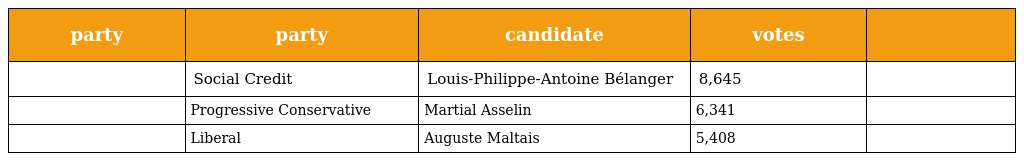
| party | party | candidate | votes |  |
 | --- | --- | --- | --- | --- |
 |  | Social Credit | Louis-Philippe-Antoine Bélanger | 8,645 |  |
 |  | Progressive Conservative | Martial Asselin | 6,341 |  |
 |  | Liberal | Auguste Maltais | 5,408 |  |